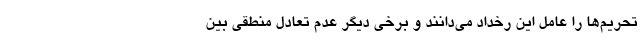
تحریم‌ها را عامل این رخداد می‌دانند و برخی دیگر عدم تعادل منطقی بین